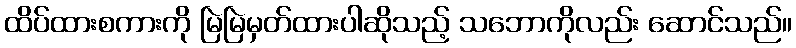
ထိပ်ထားစကားကို မြဲမြဲမှတ်ထားပါဆိုသည့် သဘောကိုလည်း ဆောင်သည်။